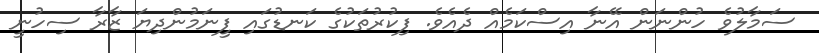
ސަމާލުވެ ހުންނަން އޭނާ އިސްކަމެއް ދެއެވެ. ފިކުރުތަކުގެ ކަނޑުގައި ފީނަމުންދިޔަ ޒާރާ ސިހުނީ